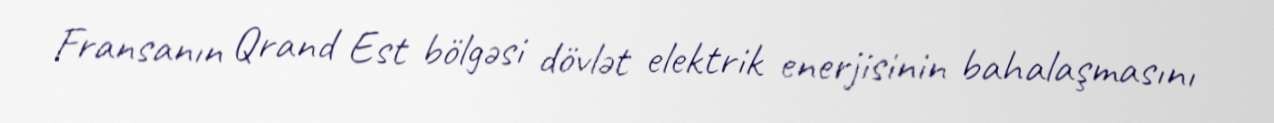
Fransanın Qrand Est bölgəsi dövlət elektrik enerjisinin bahalaşmasını